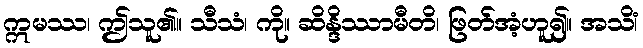
ဣမဿ၊ ဤသူ၏။ သီသံ၊ ကို။ ဆိန္ဒိဿာမီတိ၊ ဖြတ်အံ့ဟူ၍။ အသိံ၊